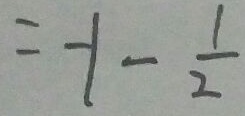
= - 1 - \frac { 1 } { 2 }